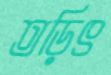
তড়িৎ